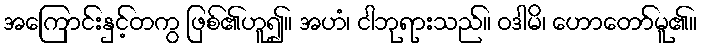
အကြောင်းနှင့်တကွ ဖြစ်၏ဟူ၍။ အဟံ၊ ငါဘုရားသည်။ ဝဒါမိ၊ ဟောတော်မူ၏။